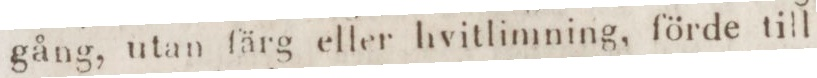
gång, utan färg eller hvitlimning, förde till